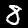
Digit: 8